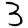
Digit: 3